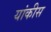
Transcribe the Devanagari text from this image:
यांकीस